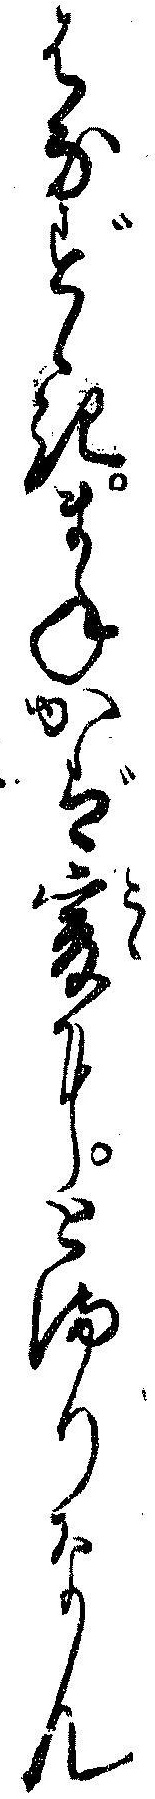
はなずゝきまねかば爰にとまりなん